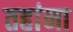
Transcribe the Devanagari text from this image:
तहांना